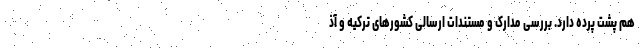
هم پشت پرده دارد. بررسی مدارک و مستندات ارسالی کشورهای ترکیه و آذ